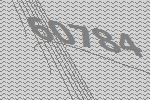
60784